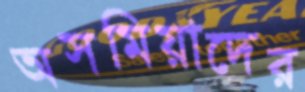
অসমিয়াদের